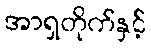
အာရှတိုက်နှင့်